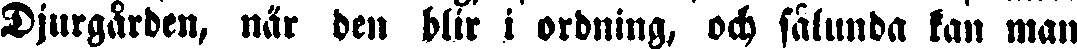
Djurgården, när den blir i ordning, och sålunda kan man